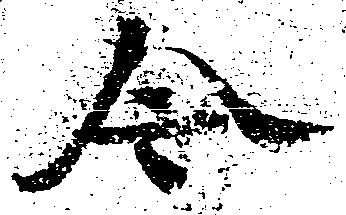
令